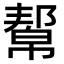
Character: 幚